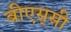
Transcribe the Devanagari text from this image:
बीएस्‌सी